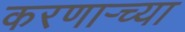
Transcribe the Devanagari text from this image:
करणार्‍च्या